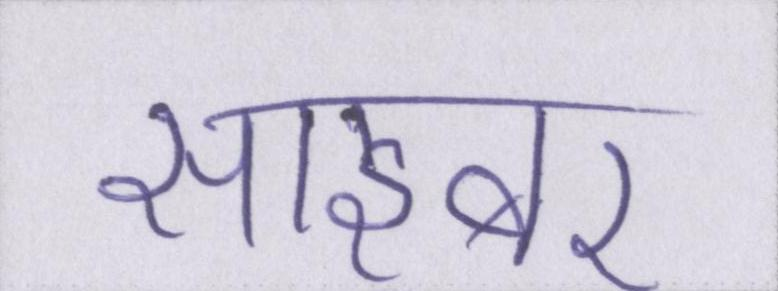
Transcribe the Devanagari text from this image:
साइबर